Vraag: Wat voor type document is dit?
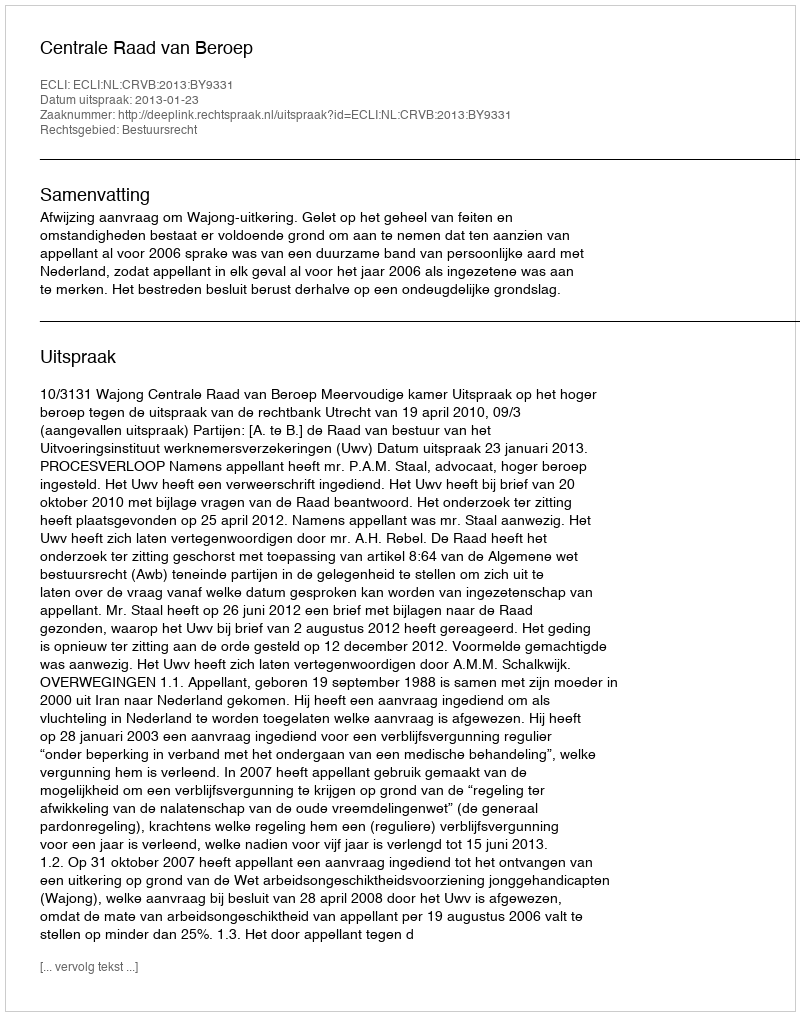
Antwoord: Uitspraak